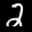
Label: 2